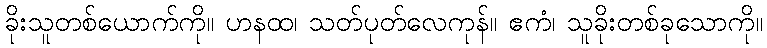
ခိုးသူတစ်ယောက်ကို။ ဟနထ၊ သတ်ပုတ်လေကုန်။ ဧကံ၊ သူခိုးတစ်ခုသောကို။